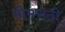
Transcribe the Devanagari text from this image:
मीमराठी